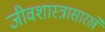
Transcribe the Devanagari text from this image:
जीवशास्त्रासारखे